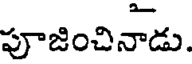
పూజించినాడు.